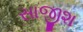
સાજીશ